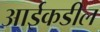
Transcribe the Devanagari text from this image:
आईकडील